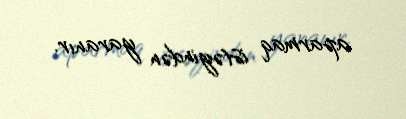
aparmaq istəyindən yaranır.